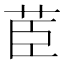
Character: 茞